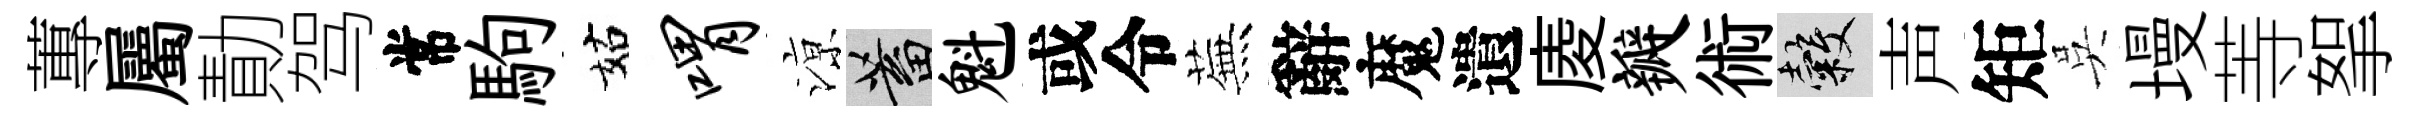
蓴屬勣驾常駒姑喟鿌蓄魁或令蕪辭魔遺庱瓣術穀声矩吳墁䓁挐